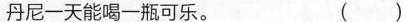
丹尼一天能喝一瓶可乐. ( )